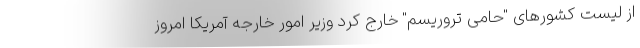
از لیست کشورهای "حامی تروریسم" خارج کرد وزیر امور خارجه آمریکا امروز